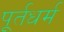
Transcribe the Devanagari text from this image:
पूर्तधर्म